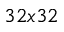
3 2 x 3 2